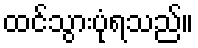
ထင်သွားပုံရသည်။